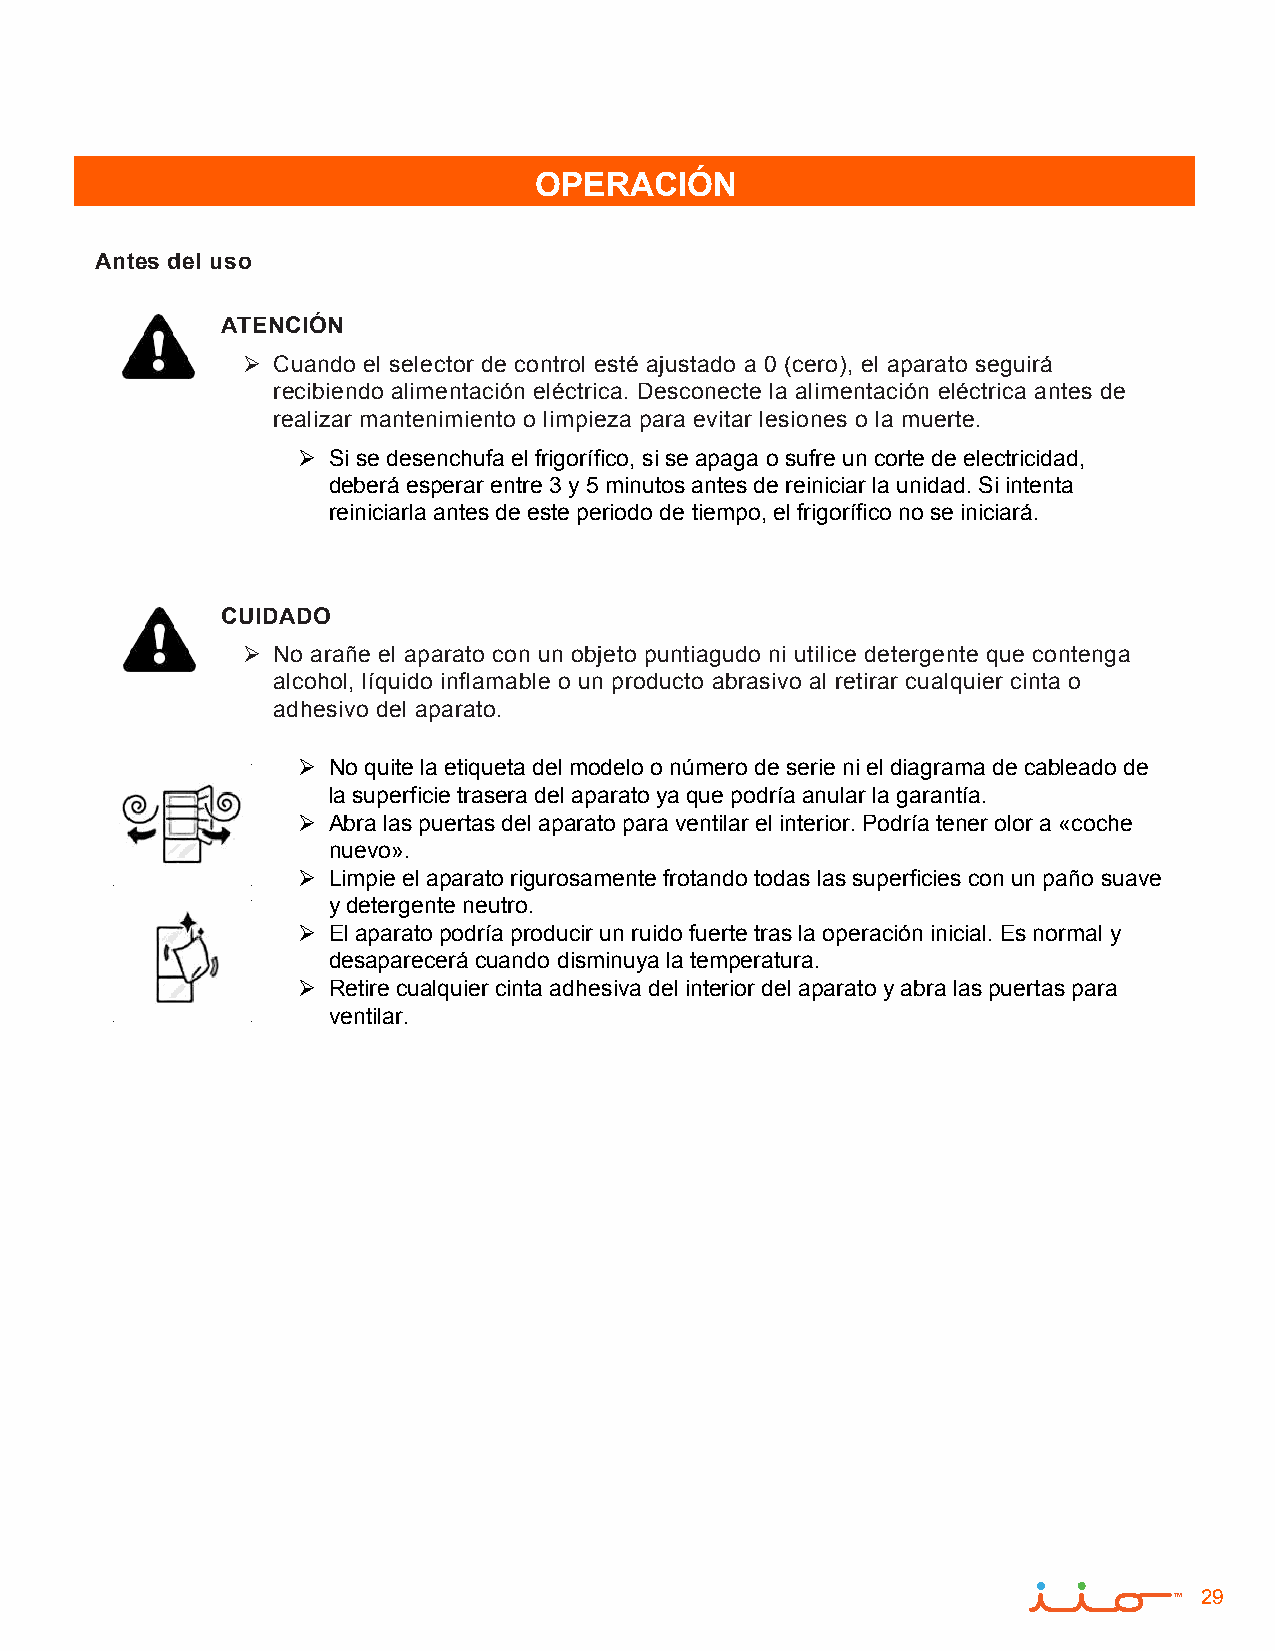
OPERACIÓN
 Antes del uso
 ATENCIÓN
  Cuando el selector de control esté ajustado a 0 (cero), el aparato seguirá
 recibiendo alimentación eléctrica. Desconecte la alimentación eléctrica antes de
 realizar mantenimiento o limpieza para evitar lesiones o la muerte.
  Si se desenchufa el frigorífico, si se apaga o sufre un corte de electricidad,
 deberá esperar entre 3 y 5 minutos antes de reiniciar la unidad. Si intenta
 reiniciarla antes de este periodo de tiempo, el frigorífico no se iniciará.
 CUIDADO
  No arañe el aparato con un objeto puntiagudo ni utilice detergente que contenga
 alcohol, líquido inflamable o un producto abrasivo al retirar cualquier cinta o
 adhesivo del aparato.
  No quite la etiqueta del modelo o número de serie ni el diagrama de cableado de
 la superficie trasera del aparato ya que podría anular la garantía.
  Abra las puertas del aparato para ventilar el interior. Podría tener olor a «coche
 nuevo».
  Limpie el aparato rigurosamente frotando todas las superficies con un paño suave
 y detergente neutro.
  El aparato podría producir un ruido fuerte tras la operación inicial. Es normal y
 desaparecerá cuando disminuya la temperatura.
  Retire cualquier cinta adhesiva del interior del aparato y abra las puertas para
 ventilar.
 29